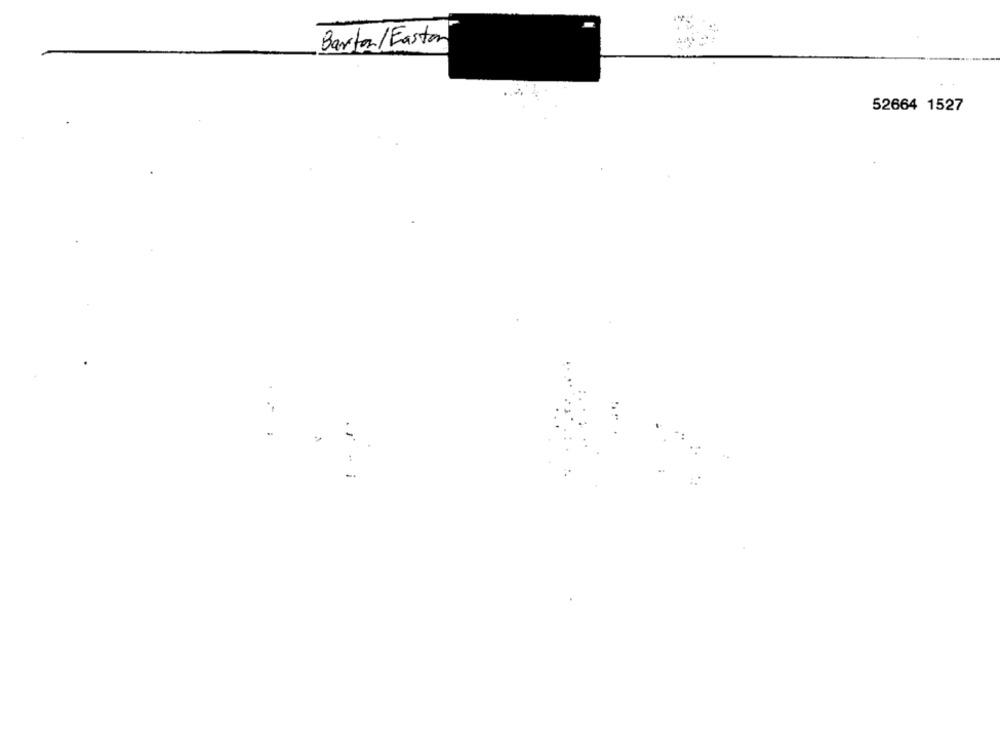
Barton/Easton
52664 1527
-